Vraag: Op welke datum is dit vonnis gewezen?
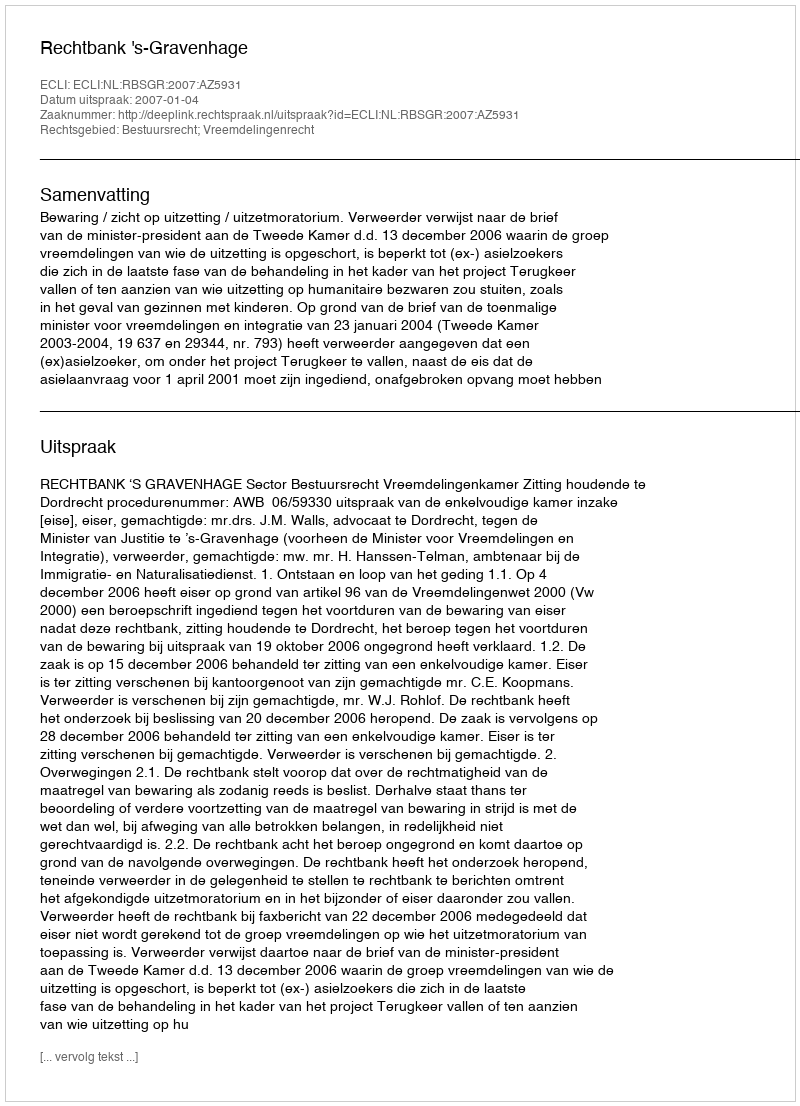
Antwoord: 2007-01-04